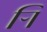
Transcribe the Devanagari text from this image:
र्‍ाि